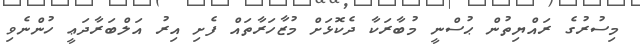
މިސުރުގެ ރައްޔިތުން ޙުސްނީ މުބާރަކާ ދެކޮޅަށް މުޒާހަރާތައް ފެށި އިރު އަލްބަރާދަޢީ ހުންނެވި